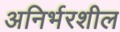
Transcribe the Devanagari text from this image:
अनिर्भरशील